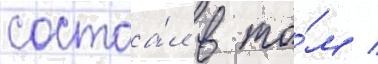
состоа́л в то́м /